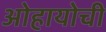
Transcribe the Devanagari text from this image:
ओहायोची